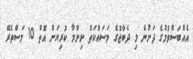
އެއްބަސްވުމުގެ ދަށުން މި ދެބާޖުގެ މަސައްކަތް ނިންމާ ކުރިޔަށް އޮތް 10 މަސްތެރޭ